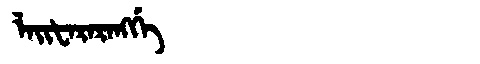
Manchu: ᠯᠠᡳᡶᠠᡵᠠᡵᠠᠩᡤᡝ
Romanization: LAIFARARANGGE